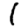
Digit: 1